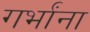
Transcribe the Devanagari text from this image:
गर्भांना